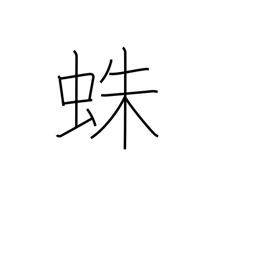
Meaning: spider